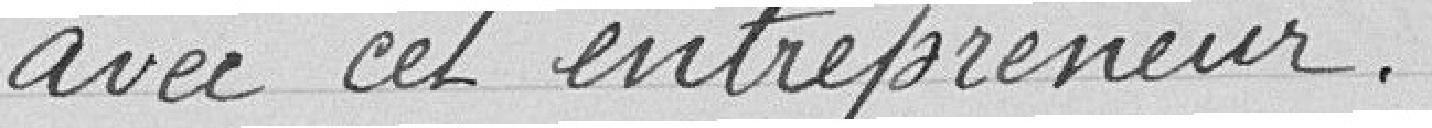
avec cet entrepreneur.